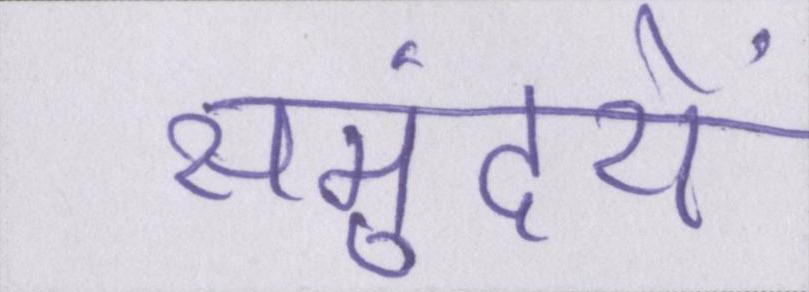
समुंदरों